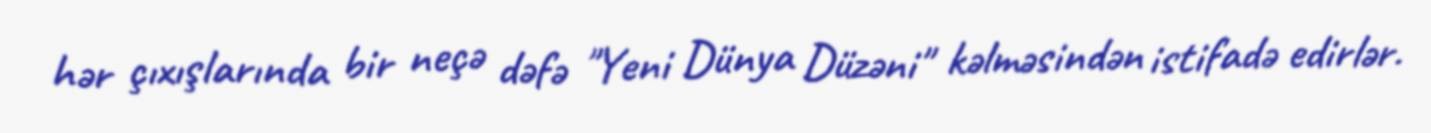
hər çıxışlarında bir neçə dəfə "Yeni Dünya Düzəni" kəlməsindən istifadə edirlər.